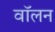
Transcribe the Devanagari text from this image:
वॉलन